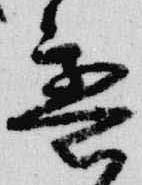
意